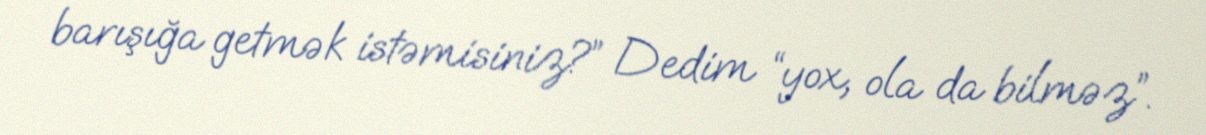
barışığa getmək istəmisiniz?” Dedim “yox, ola da bilməz”.